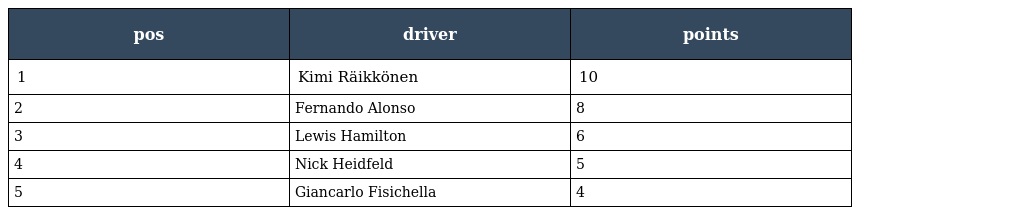
| pos | driver | points |
 | --- | --- | --- |
 | 1 | Kimi Räikkönen | 10 |
 | 2 | Fernando Alonso | 8 |
 | 3 | Lewis Hamilton | 6 |
 | 4 | Nick Heidfeld | 5 |
 | 5 | Giancarlo Fisichella | 4 |